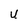
Character: U